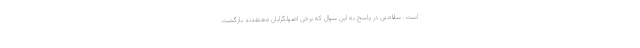
است. سلامتى در پاسخ به این سوال که برخی اصولگرایان معتقدند بازگشت